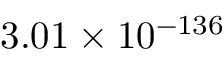
3 . 0 1 \times 1 0 ^ { - 1 3 6 }